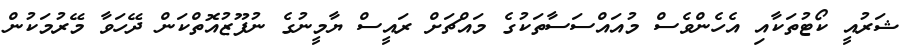
ޝަރުއީ ކޯޓުތަކާއި އެހެންވެސް މުއައްސަސާތަކުގެ މައްޗަށް ރައީސް ޔާމީނުގެ ނުފޫޒުއޮތްކަން ދޭހަވާ މޭރުމަކުން